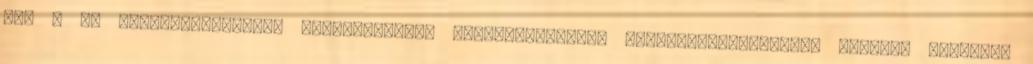
is. – Az önkormányzatiság kérdéskörében legilletékesebb politikai-közösségi vezetők reakciói